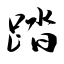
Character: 踏